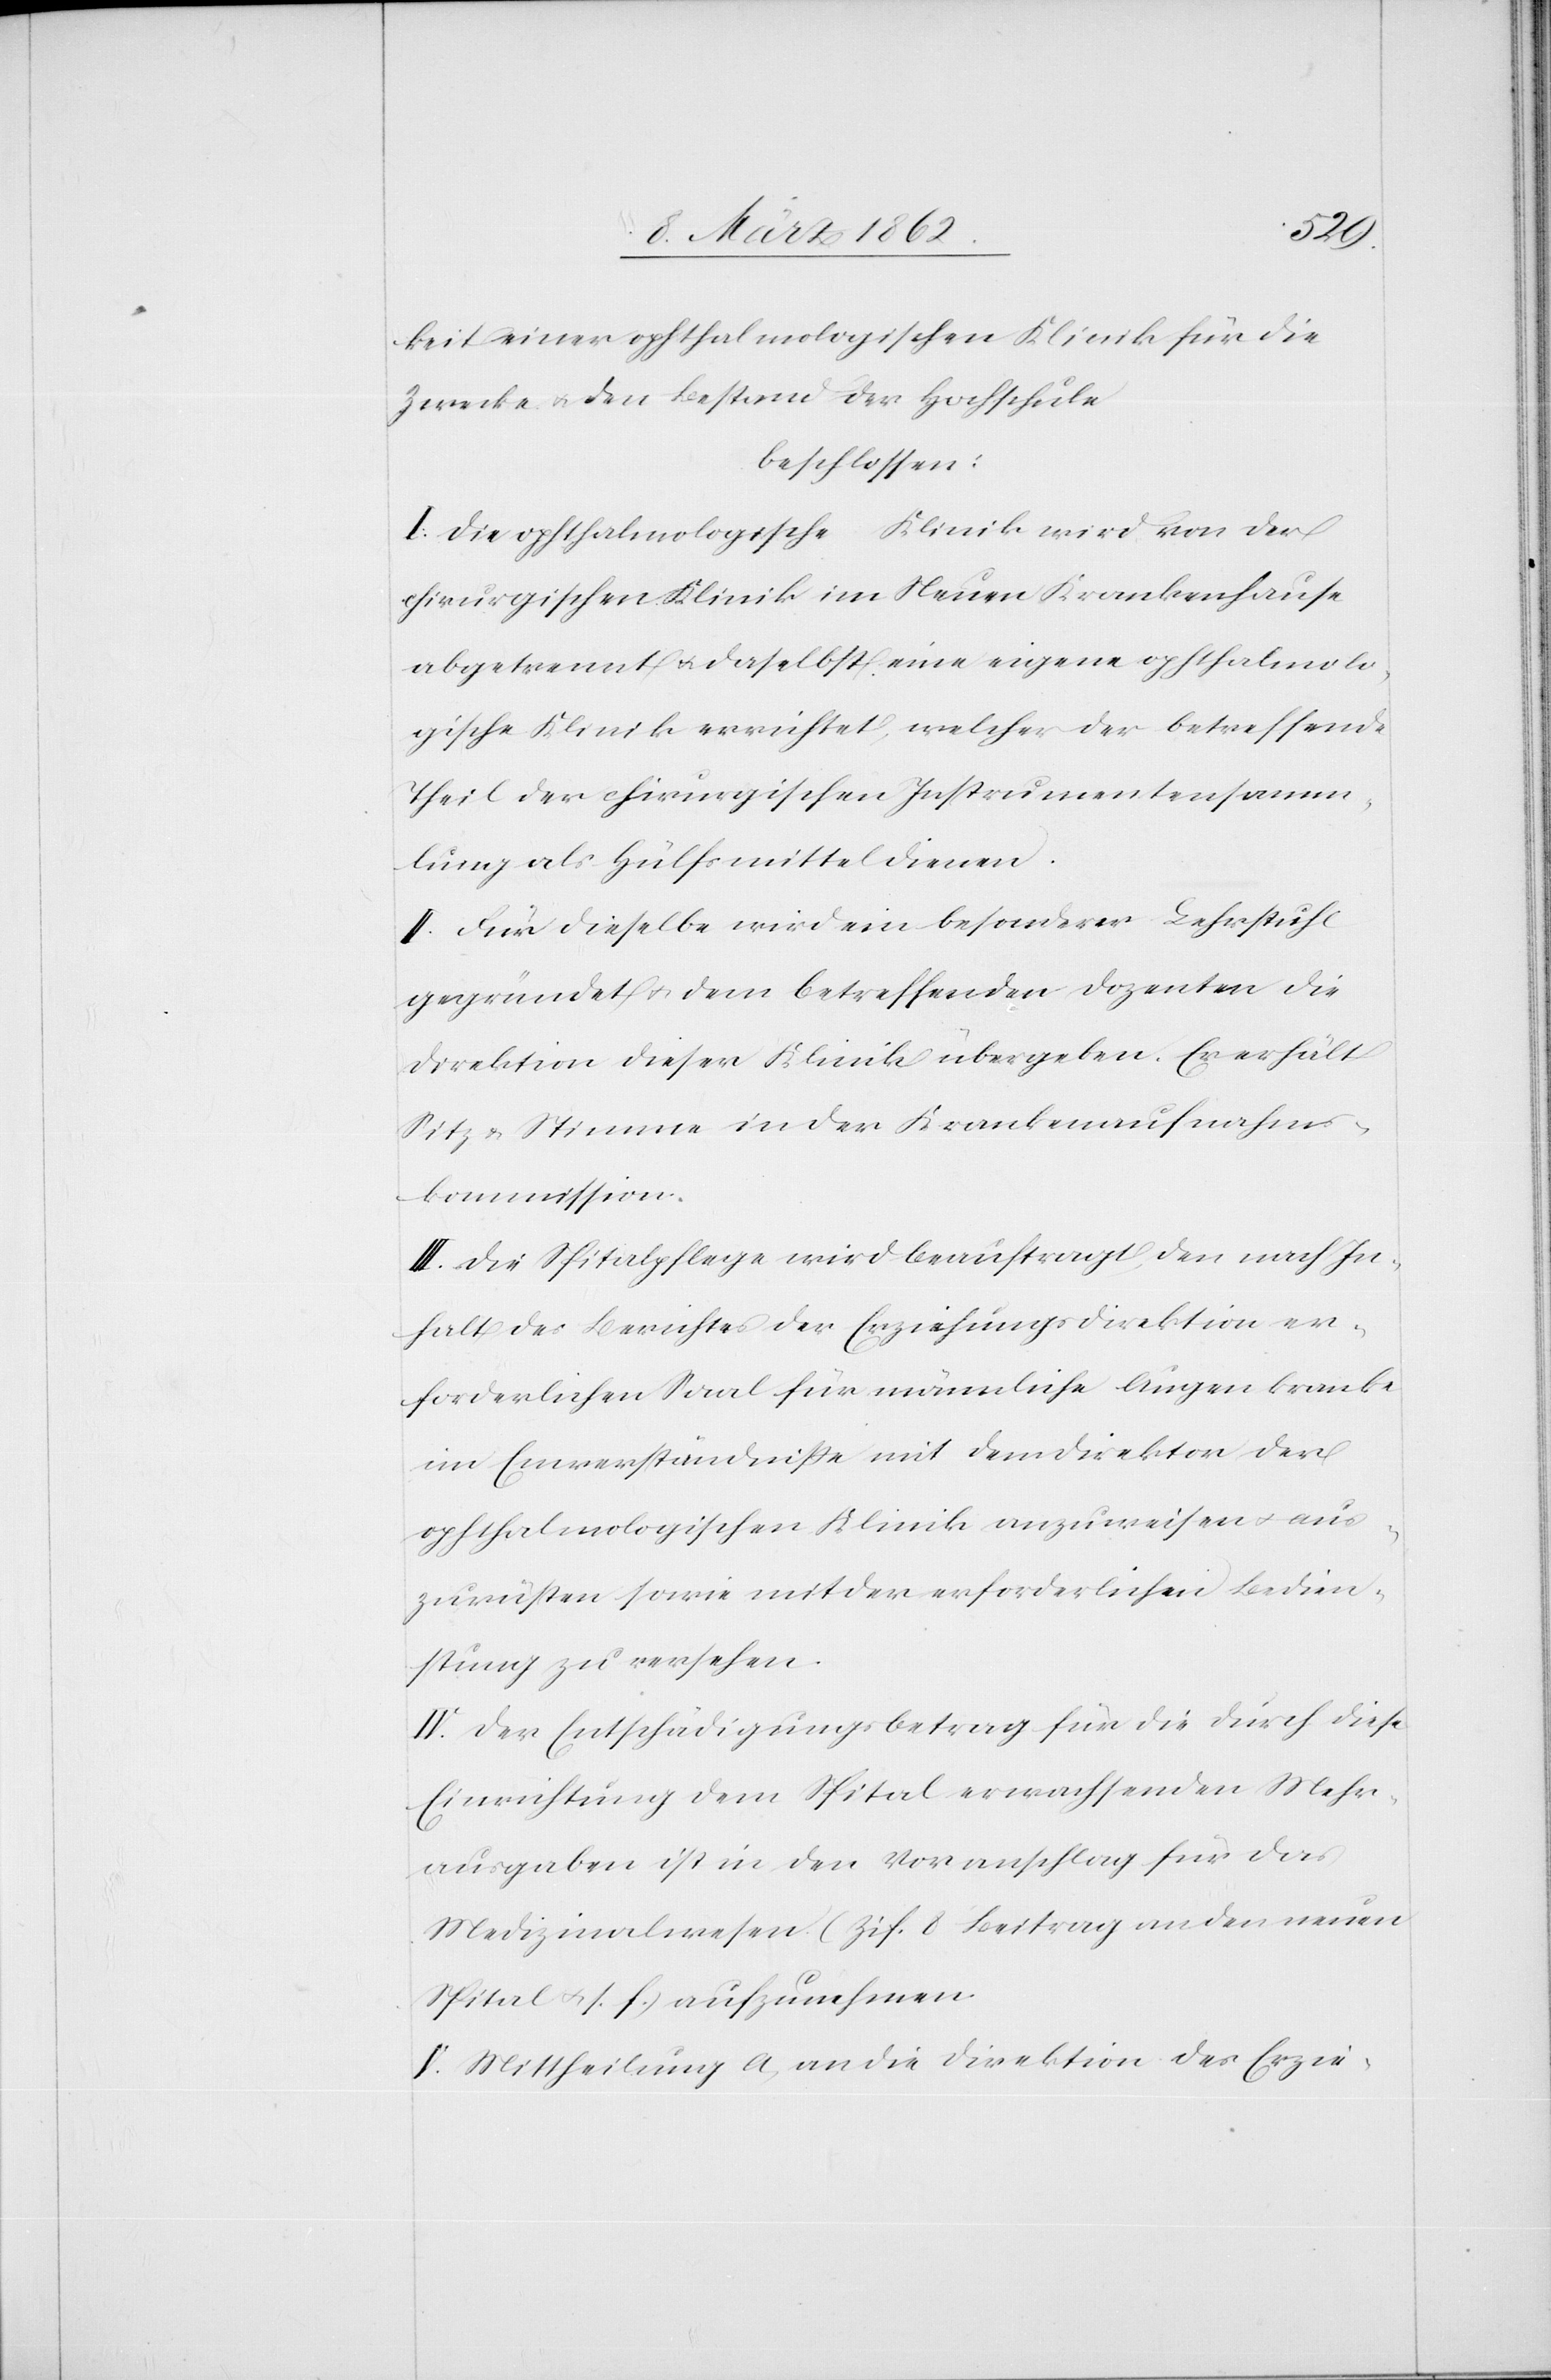
keit einer ophtalmologischen Klinik für die
Zwecke u. den Bestand der Hochschule
beschlossen:
I. Die ophtalmologische Klinik wird von der
chirurgischen Klinik im Neuen Krankenhause
abgetrennt u. daselbst eine eigene ophtalmolo¬
gische Klinik errichtet, welcher der betreffende
Theil der chirurgischen Instrumentensamm¬
lung als Hülfsmittel dienen
II. Für dieselbe wird ein besonderer Lehrstuhl
gegründet u. dem betreffenden Dozenten die
Direktion dieser Klinik übergeben. Er erhält
Sitz & Stimme in der Krankenaufnahms¬
kommission.
III. Die Spitalpflege wird beauftragt, den nach In¬
halt des Berichtes der Erziehungsdirektion er¬
forderlichen Saal für männliche Augenkranke
im Einverständniße mit dem Direktor der
ophtalmologischen Klinik anzuweisen u. aus¬
zurüsten sowie mit der erforderlichen Bedien¬
stung zu versehen.
IV. Der Entschädigungsbetrag für die durch diese
Einrichtung dem Spital erwachsenden Mehr¬
ausgaben ist in den Voranschlag für das
Medizinalwesen (Zif. 8 Beitrag an den neuen
Spital u. s. f.) aufzunehmen.
V. Mittheilung a) an die Direktion des Erzie-